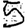
Digit: 5